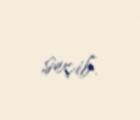
seçib.